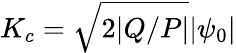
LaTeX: K_{c}=\sqrt{2|Q/P|}|\psi_{0}|